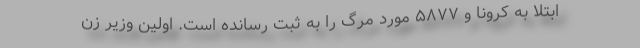
ابتلا به کرونا و ۵۸۷۷ مورد مرگ را به ثبت رسانده است. اولین وزیر زن